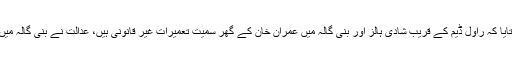
ایڈیشنل اٹارنی جنرل نے عدالت کو بتایا کہ راول ڈیم کے قریب شادی ہالز اور بنی گالہ میں عمران خان کے گھر سمیت تعمیرات غیر قانونی ہیں، عدالت نے بنی گالہ میں تعمیرات ریگولر کرنے کا حکم دیا۔